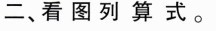
二、看图列算式。